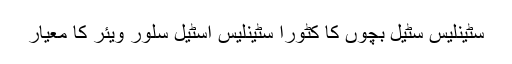
سٹینلیس سٹیل بچوں کا کٹورا سٹینلیس اسٹیل سلور ویئر کا معیار